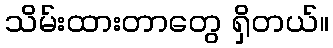
သိမ်းထားတာတွေ ရှိတယ်။